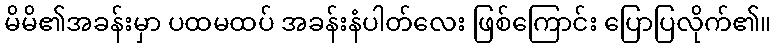
မိမိ၏အခန်းမှာ ပထမထပ် အခန်းနံပါတ်လေး ဖြစ်ကြောင်း ပြောပြလိုက်၏။